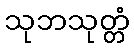
သုဘသုတ္တံ